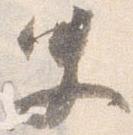
史